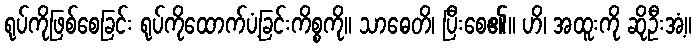
ရုပ်ကိုဖြစ်စေခြင်း ရုပ်ကိုထောက်ပံ့ခြင်းကိစ္စကို။ သာဓေတိ၊ ပြီးစေ၏။ ဟိ၊ အထူးကို ဆိုဦးအံ့။